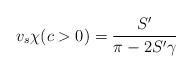
LaTeX: \begin{align*}v_s \chi (c>0) = \frac{S'}{\pi-2S'\gamma}\end{align*}